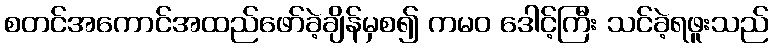
စတင်အကောင်အထည်ဖော်ခဲ့ချိန်မှစ၍ ကမဝ ဒေါင့်ကြီး သင်ခဲ့ရဖူးသည်